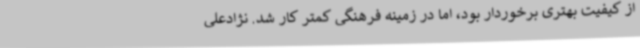
از کیفیت بهتری برخوردار بود، اما در زمینه فرهنگی کمتر کار شد. نژادعلی